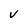
Character: V